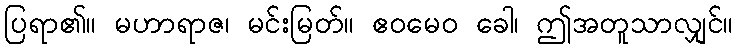
ပြရာ၏။ မဟာရာဇ၊ မင်းမြတ်။ ဧဝမေဝ ခေါ၊ ဤအတူသာလျှင်။